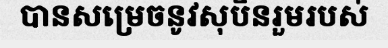
បានសម្រេចនូវសុបិនរួមរបស់